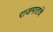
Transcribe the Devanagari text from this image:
राजमातांचे